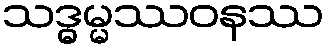
သဒ္ဓမ္မဿဝနဿ